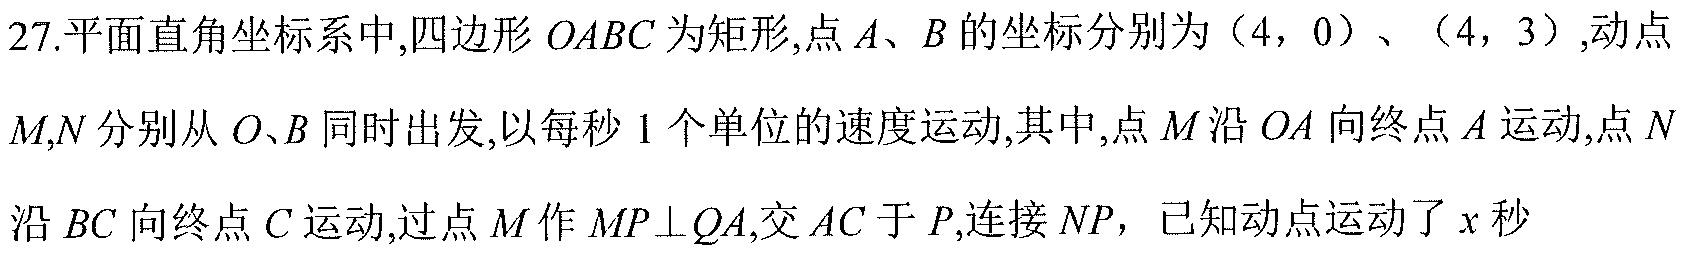
27.平面直角坐标系中,四边形\(OABC\)为矩形,点\(A、B\)的坐标分别为\((4,0)\)、\((4,3)\),动点\(M,N\)分别从\(O、B\)同时出发,以每秒\(1\)个单位的速度运动,其中,点\(M\)沿\(OA\)向终点\(A\)运动,点\(N\)沿\(BC\)向终点\(C\)运动,过点\(M\)作\(MP\perp OA\),交\(AC\)于\(P\),连接\(NP\)，已知动点运动了\(x\)秒